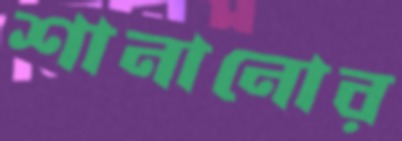
শানানোর